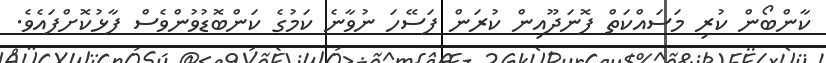
ކާންބޯން ކުރި މަސައްކަތް ފޮނަދޫއިން ކުރަން ފަސޭހަ ނުވާނެ ކަމުގެ ކަންބޮޑުވުންވެސް ފާޅުކޮށްފައެވެ.